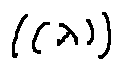
( ( \lambda ) )